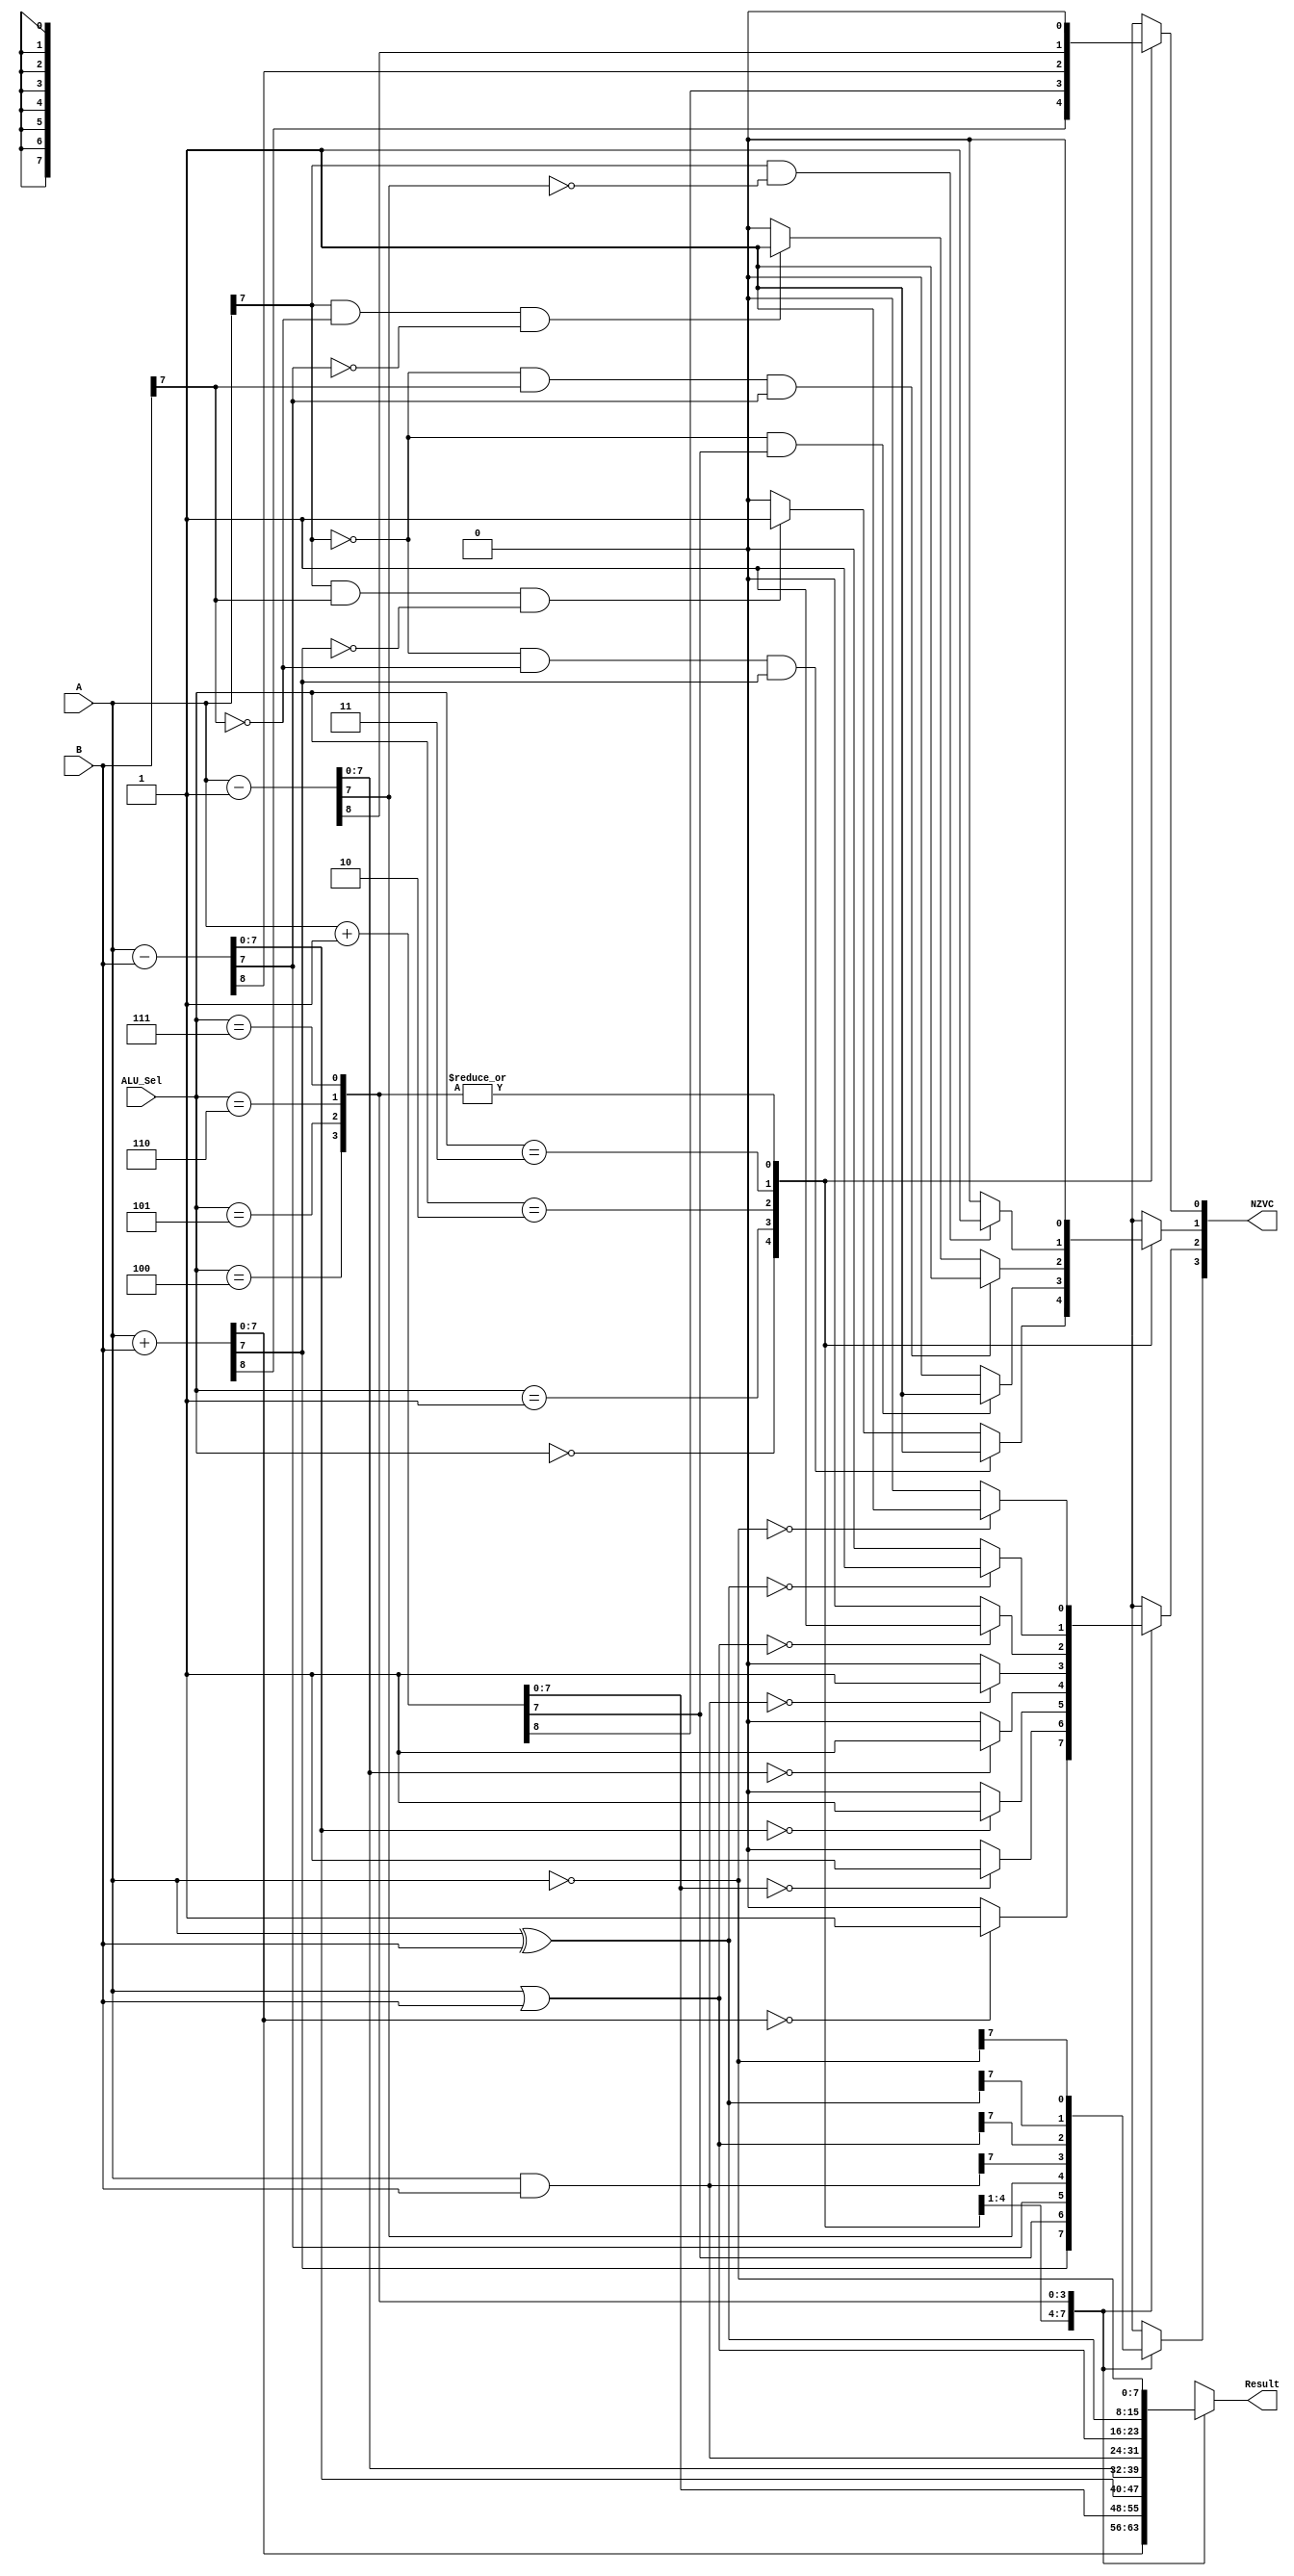
`timescale 1ns/1ps

module alu(
    
    output reg [7:0] Result,
	output reg [3:0] NZVC,
	input wire [7:0] A, B,
	input wire [2:0] ALU_Sel
    
    );

	always @ (A, B, ALU_Sel)
		begin
			case (ALU_Sel)
				
                3'b000: begin
							{NZVC[0], Result} = A + B;
							NZVC[3] = Result[7];
							if (Result==0)
								NZVC[2] = 1;
							else
								NZVC[2] = 0;
							if (A[7]==0 && B[7]==0 && Result[7]==1) 
								NZVC[1] = 1;
							else if (A[7]==1 && B[7]==1 && Result[7]==0)
								NZVC[1] = 1;
							else
								NZVC[1] = 0;
						end
				
                3'b001: begin
							{NZVC[0], Result} = A + 1;
							NZVC[3] = Result[7];
							if (Result==0)
								NZVC[2] = 1;
							else
								NZVC[2] = 0;
							if (A[7]==0 && Result[7]==1) 
								NZVC[1] = 1;
							else
								NZVC[1] = 0;
						end	
				
                3'b010: begin
							{NZVC[0], Result} = A - B;
							NZVC[3] = Result[7];
							if (Result==0)
								NZVC[2] = 1;
							else
								NZVC[2] = 0;
							if (A[7]==0 && B[7]==1 && Result[7]==1) 
								NZVC[1] = 1;
							else if (A[7]==1 && B[7]==0 && Result[7]==0)
								NZVC[1] = 1;
							else 
								NZVC[1] = 0;
						end
				
                3'b011: begin
							{NZVC[0], Result} = A - 1;
							NZVC[3] = Result[7];
							if (Result==0)
								NZVC[2] = 1;
							else
								NZVC[2] = 0;
							if (A[7]==1 && Result[7]==0) 
								NZVC[1] = 1;
							else 
								NZVC[1] = 0;          
						end	
				
                3'b100: begin
							Result = A & B;
							NZVC[3] = Result[7];
							if (Result==0)
								NZVC[2] = 1;
							else
								NZVC[2] = 0;
							NZVC[1] = 0;
							NZVC[0] = 0;
						end
				
                3'b101: begin
							Result = A | B;
							NZVC[3] = Result[7];
							if (Result==0)
								NZVC[2] = 1;
							else
								NZVC[2] = 0;
							NZVC[1] = 0;
							NZVC[0] = 0;
						end
				
                3'b110: begin
							Result = A ^ B;
							NZVC[3] = Result[7];
							if (Result==0)
								NZVC[2] = 1;
							else
								NZVC[2] = 0;
							NZVC[1] = 0;
							NZVC[0] = 0;
						end
				
                3'b111: begin
							Result = ~A;
							NZVC[3] = Result[7];
							if (Result==0)
								NZVC[2] = 1;
							else
								NZVC[2] = 0;
							NZVC[1] = 0;
							NZVC[0] = 0;
						end	
				
                default: begin
							Result = 8'hXX;
							NZVC = 4'hX; 
						end
				endcase	
		end	

endmodule